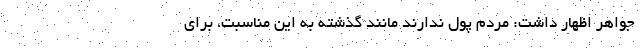
جواهر اظهار داشت: مردم پول ندارند مانند گذشته به این مناسبت، برای